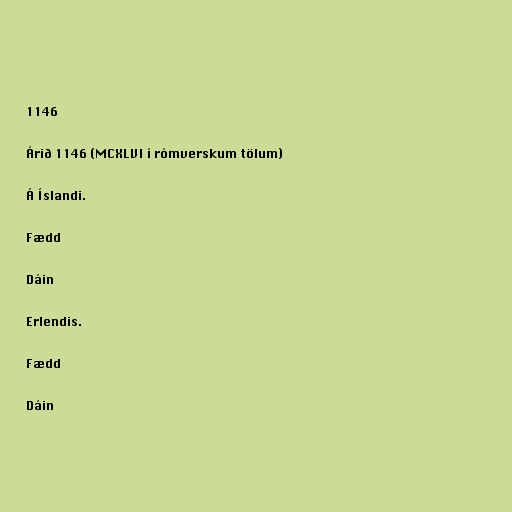
1146

Árið 1146 (MCXLVI í rómverskum tölum)

Á Íslandi.

Fædd

Dáin

Erlendis.

Fædd

Dáin